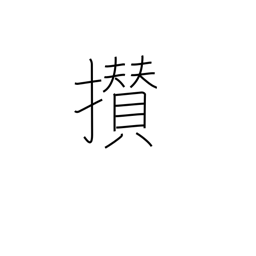
Meaning: come together